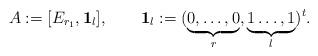
LaTeX: \begin{align*}A:=[E_{r_1},\mathbf 1_l], \qquad \mathbf 1_l:=(\underbrace{0,\ldots,0}_{r},\underbrace{1\ldots, 1}_{l})^t.\end{align*}